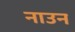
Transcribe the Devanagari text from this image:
नाउन